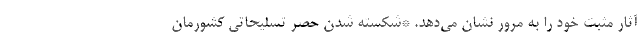
آثار مثبت خود را به مرور نشان می‌دهد. *شکسته شدن حصر تسلیحاتی کشورمان